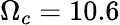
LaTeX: \Omega_{c}=10.6